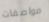
مواصفات